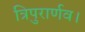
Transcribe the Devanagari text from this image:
त्रिपुरार्णव।